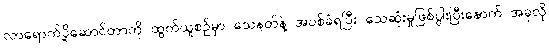
လာရောက်ပို့ဆောင်တာကို ထွက်ယူစဉ်မှာ သေနတ်နဲ့ အပစ်ခံရပြီး သေဆုံးမှုဖြစ်ပွါးပြီးနောက် အခုလို